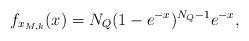
LaTeX: \begin{align*}f_{x_{M,k}}(x)=N_Q (1-e^{-x})^{N_Q-1} e^{-x},\end{align*}